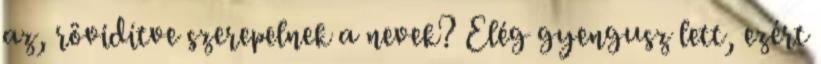
az, rövidítve szerepelnek a nevek? Elég gyengusz lett, ezért